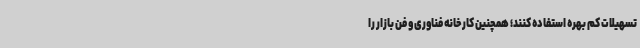
تسهیلات کم بهره استفاده کنند؛ همچنین کارخانه فناوری و فن بازار را